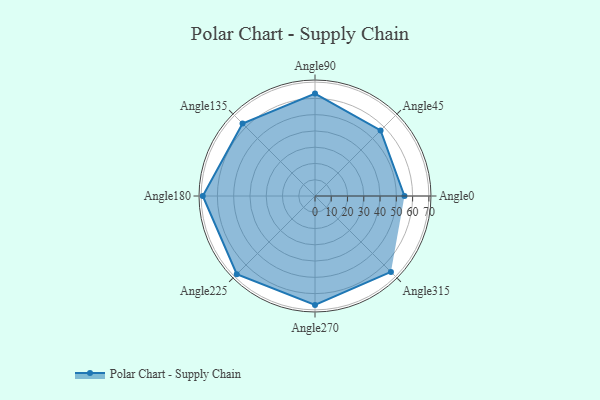
{"axis": {"x": "Angle", "y": "Radius"}, "legend": [""], "data": [{"x": "Angle0", "y": 55.0, "type": ""}, {"x": "Angle45", "y": 57.0, "type": ""}, {"x": "Angle90", "y": 63.0, "type": ""}, {"x": "Angle135", "y": 63.0, "type": ""}, {"x": "Angle180", "y": 69.0, "type": ""}, {"x": "Angle225", "y": 68.0, "type": ""}, {"x": "Angle270", "y": 67.0, "type": ""}, {"x": "Angle315", "y": 66.0, "type": ""}]}